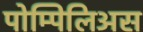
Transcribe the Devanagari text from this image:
पोम्पिलिअस